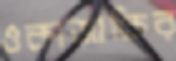
ওকাজাকির